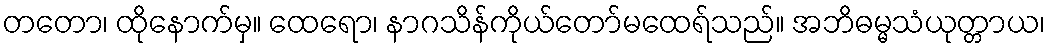
တတော၊ ထိုနောက်မှ။ ထေရော၊ နာဂသိန်ကိုယ်တော်မထေရ်သည်။ အဘိဓမ္မသံယုတ္တာယ၊